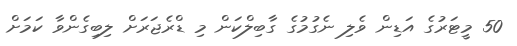
50 މީޓަރުގެ އަޑިން ވެލި ނެގުމުގެ ގާބިލްކަން މި ޑްރެޖަރަށް ލިބިގެންވާ ކަމަށް